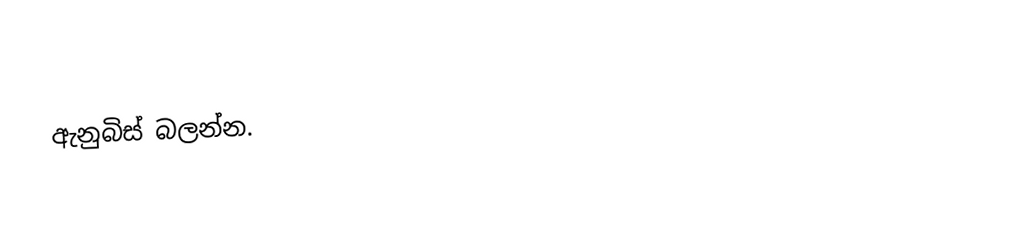
ඇනුබිස් බලන්න.